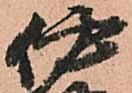
伊